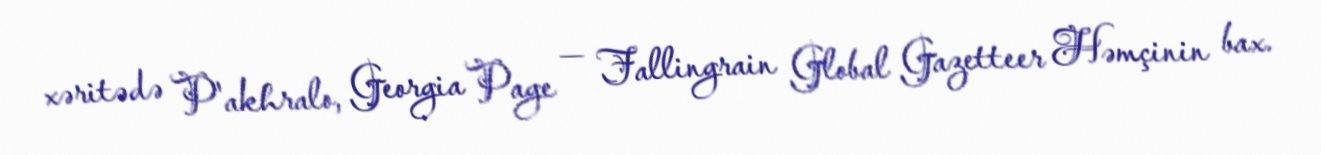
xəritədə P'akhralo, Georgia Page — Fallingrain Global Gazetteer Həmçinin bax.